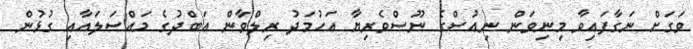
ވަގަށް ނަގާފައިވާ މިނިވަން ނިއުސްގެ ނޫސްވެރިޔާ އަހުމަދު ރިލްވާން އަބްދުގެ މައްސަލައާއި ގުޅުން